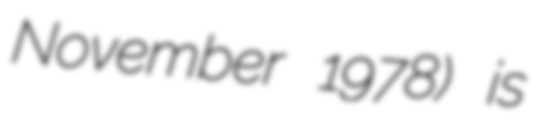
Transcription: November 1978) is